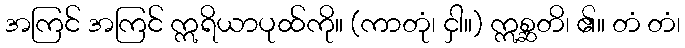
အကြင် အကြင် ဣရိယာပုထ်ကို။ (ကာတုံ၊ ငှါ။) ဣစ္ဆတိ၊ ၏။ တံ တံ၊